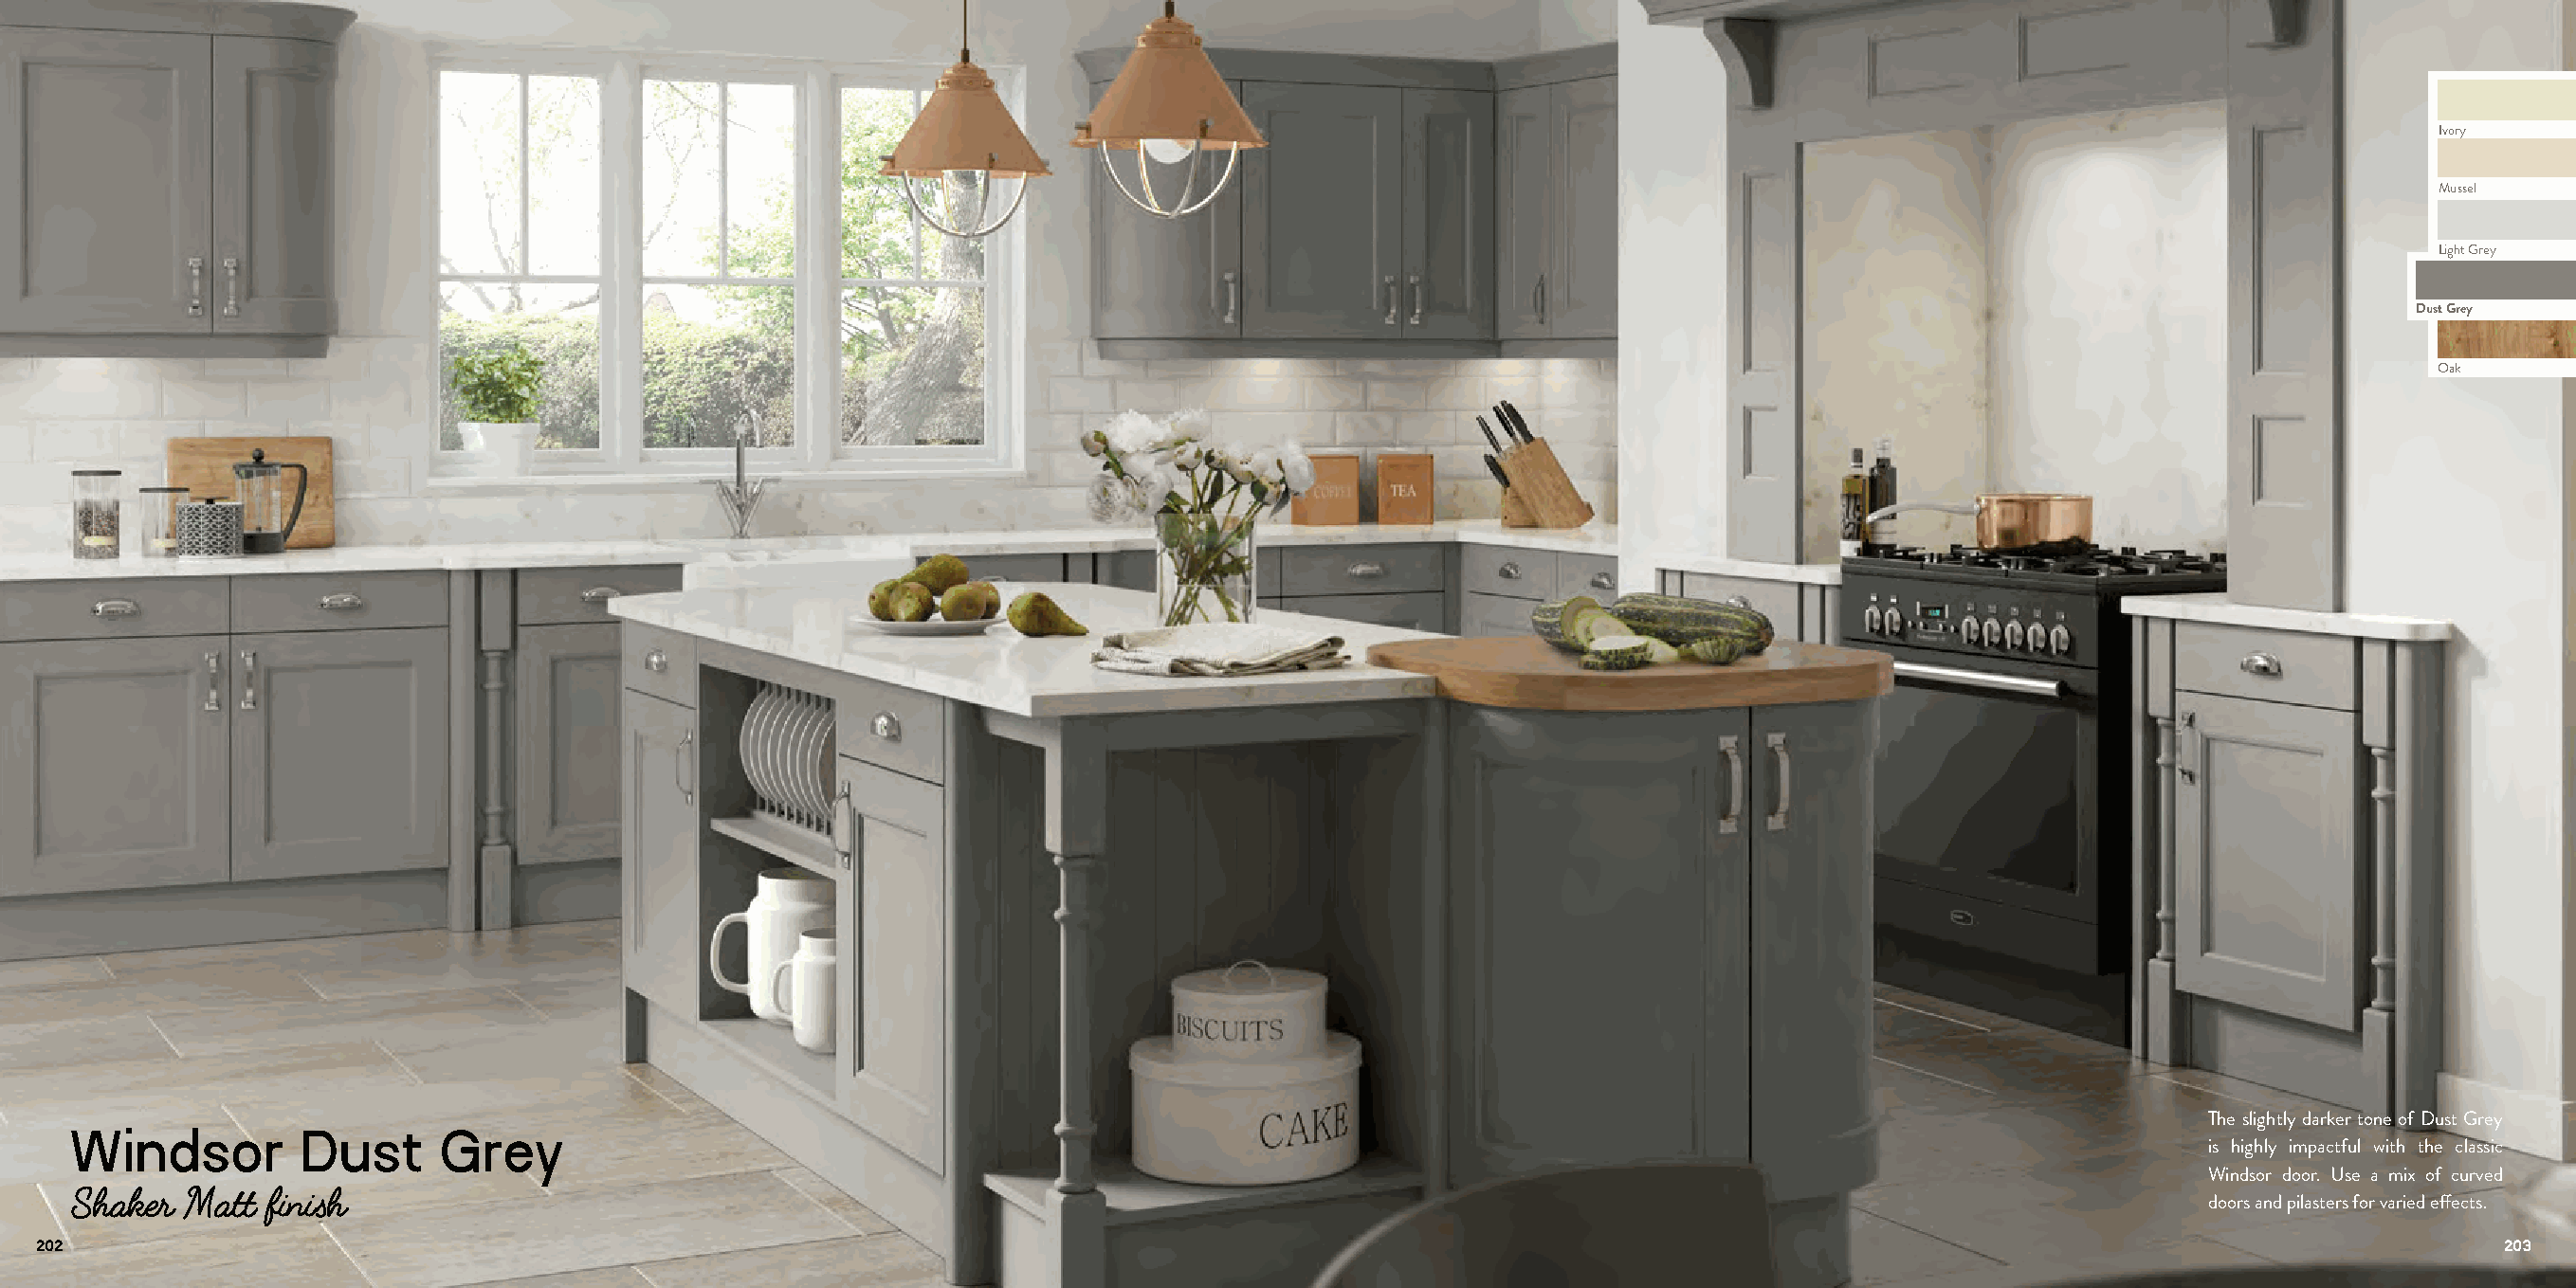
Ivory
 Mussel
 Light Grey
 Dust Grey
 Oak
 The slightly darker tone of Dust Grey
 Windsor         Dust      Grey
 is highly impactful with the classic
 Windsor door. Use a mix of curved
 Shaker  Matt  finish
 doors and pilasters for varied effects.
 202                                                                                                                                                                         203